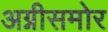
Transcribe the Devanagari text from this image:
अग्नीसमोर